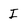
Character: I